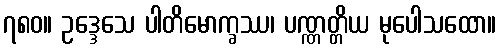
၇၈၀။ ဥဒ္ဒေသေ ပါတိမောက္ခဿ၊ ပဏ္ဏတ္တိယ မုပေါသထော။